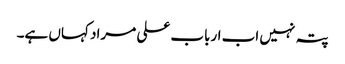
پتہ نہیں اب ارباب علی مراد کہاں ہے۔